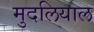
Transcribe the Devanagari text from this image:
मुदलियाल